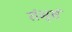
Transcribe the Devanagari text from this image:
संभृष्टं